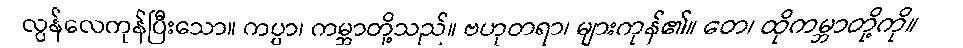
လွန်လေကုန်ပြီးသော။ ကပ္ပာ၊ ကမ္ဘာတို့သည်။ ဗဟုတရာ၊ များကုန်၏။ တေ၊ ထိုကမ္ဘာတို့ကို။